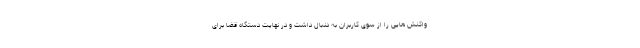
واکنش هایی را از سوی کاربران به دنبال داشت و در نهایت دستگاه قضا برای